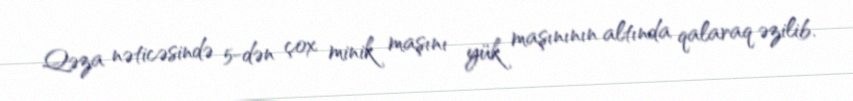
Qəza nəticəsində 5-dən çox minik maşını yük maşınının altında qalaraq əzilib.